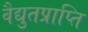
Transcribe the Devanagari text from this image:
वैद्युतप्राप्ति